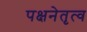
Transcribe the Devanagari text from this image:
पक्षनेतृत्व